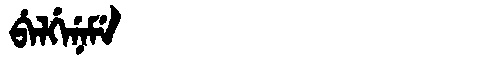
Manchu: ᠪᡝᠯᡤᡝᠨᡝᠮᡝ
Romanization: BELGENEME